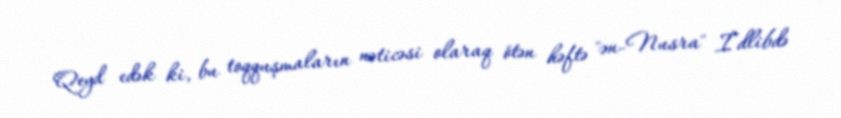
Qeyd edək ki, bu toqquşmaların nəticəsi olaraq ötən həftə "ən-Nusra" İdlibdə